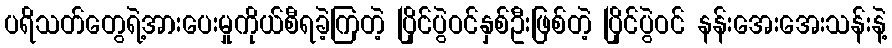
ပရိသတ်တွေရဲ့အားပေးမှုကိုယ်စီရခဲ့ကြတဲ့ ပြိုင်ပွဲဝင်နှစ်ဦးဖြစ်တဲ့ ပြိုင်ပွဲဝင် နန်းအေးအေးသန်းနဲ့